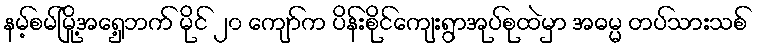
နမ့်စမ်မြို့အရှေ့ဘက် မိုင် ၂၀ ကျော်က ပိန်းစိုင်ကျေးရွာအုပ်စုထဲမှာ အဓမ္မ တပ်သားသစ်